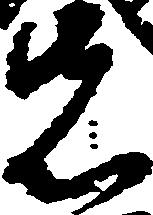
先